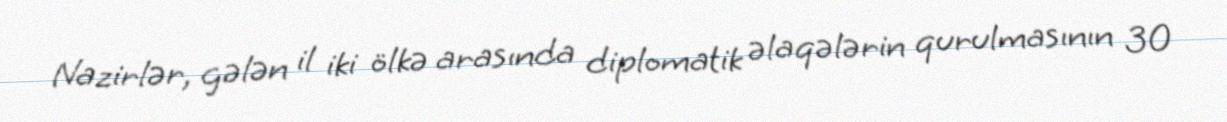
Nazirlər, gələn il iki ölkə arasında diplomatik əlaqələrin qurulmasının 30